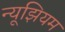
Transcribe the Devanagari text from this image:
न्यूझियम